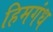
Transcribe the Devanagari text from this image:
हिमगंध